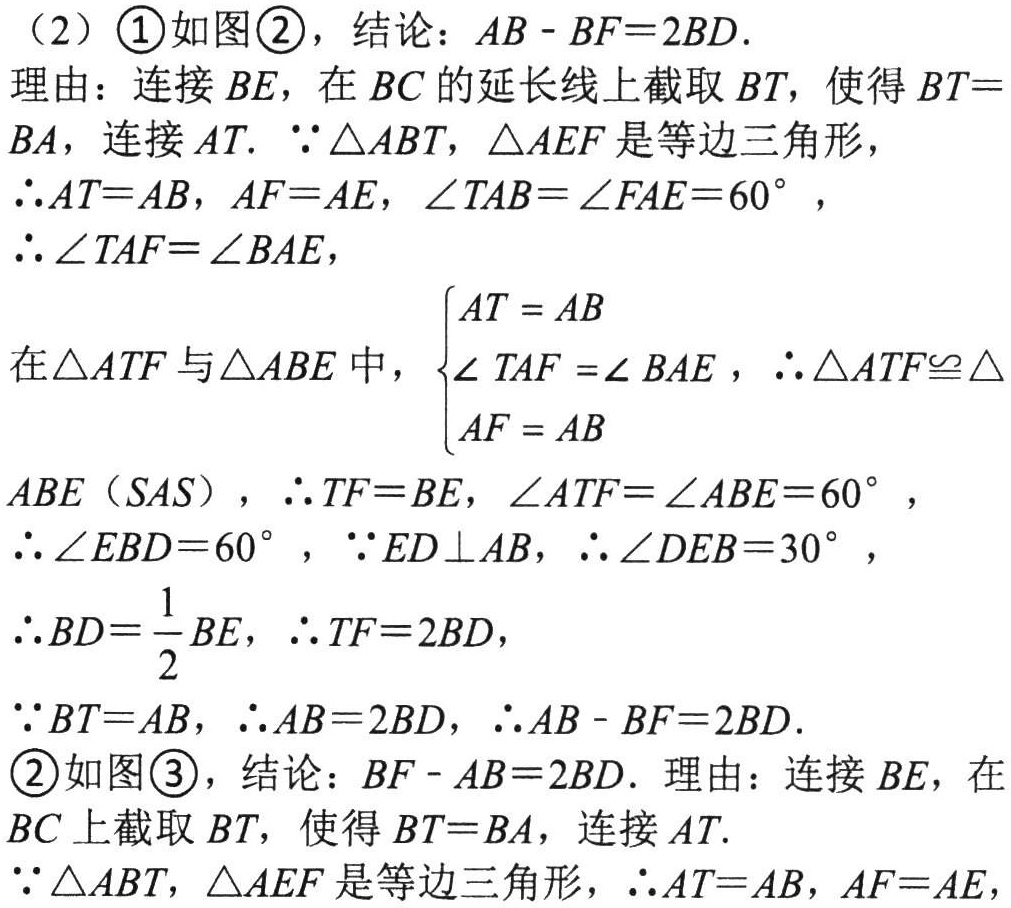
（2）\textcircled{1}如图\textcircled{2}，结论：\(AB - BF = 2BD\).

理由：连接 \(BE\)，在 \(BC\) 的延长线上截取 \(BT\)，使得 \(BT = BA\)，连接 \(AT\). \(\because\triangle ABT\)，\(\triangle AEF\) 是等边三角形，

\(\therefore AT = AB\)，\(AF = AE\)，\(\angle TAB=\angle FAE = 60^{\circ}\)，

\(\therefore\angle TAF=\angle BAE\)，

在 \(\triangle ATF\) 与 \(\triangle ABE\) 中，\(\begin{cases}AT = AB\\\angle TAF=\angle BAE\\AF = AE\end{cases}\)，\(\therefore\triangle ATF\cong\triangle ABE(SAS)\)，\(\therefore TF = BE\)，\(\angle ATF=\angle ABE = 60^{\circ}\)，

\(\therefore\angle EBD = 60^{\circ}\)，\(\because ED\perp AB\)，\(\therefore\angle DEB = 30^{\circ}\)，

\(\therefore BD=\frac{1}{2}BE\)，\(\therefore TF = 2BD\)，

\(\because BT = AB\)，\(\therefore AB = 2BD\)，\(\therefore AB - BF = 2BD\).

\textcircled{2}如图\textcircled{3}，结论：\(BF - AB = 2BD\). 理由：连接 \(BE\)，在 \(BC\) 上截取 \(BT\)，使得 \(BT = BA\)，连接 \(AT\).

\(\because\triangle ABT\)，\(\triangle AEF\) 是等边三角形，\(\therefore AT = AB\)，\(AF = AE\)，